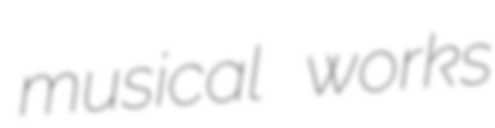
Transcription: musical works